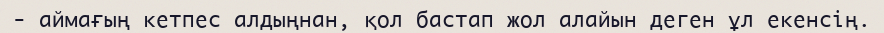
- аймағың кетпес алдыңнан, қол бастап жол алайын деген ұл екенсің.